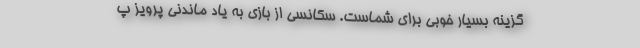
گزینه بسیار خوبی برای شماست. سکانسی از بازی به یاد ماندنی پرویز پ